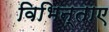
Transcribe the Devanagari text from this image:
विभिन्ताए